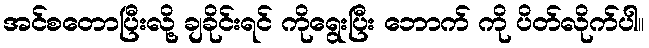
အင်စတောပြီးလို့ ချခိုင်းရင် ကိုရွေးပြီး ဘောက် ကို ပိတ်လိုက်ပါ။